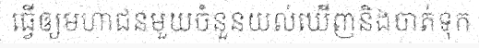
ធ្វើឲ្យមហាជនមួយចំនួនយល់ឃើញនិងចាត់ទុក